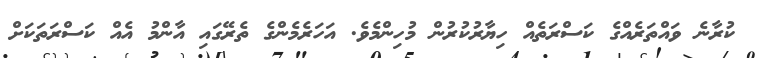
ކުރާނެ ވައްތަރެއްގެ ކަސްރަތެއް ހިޔާރުކުރުން މުހިންމެވެ. އަހަރެމެންގެ ތެރޭގައި އާންމު އެއް ކަސްރަތަކަށް